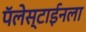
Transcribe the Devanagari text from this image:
पॅलेस्टाईनला